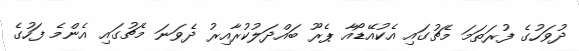
ދުވަހުގެ ފުރަތަމަ މެޗުގައި އެކުއޭޑޯއާ ޕެރޫ ބައްދަލުކުރާއިރު ދެވަނަ މެޗުގައި އެންމެ ފަހުގެ